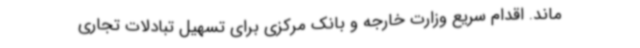
ماند. اقدام سریع وزارت خارجه و بانک مرکزی برای تسهیل تبادلات تجاری